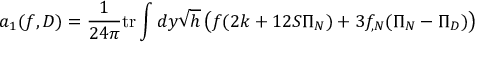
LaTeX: a _ { 1 } ( f , D ) = \frac 1 { 2 4 \pi } \mathrm { t r } \int d y \sqrt { h } \left( f ( 2 k + 1 2 { \cal S } \Pi _ { N } ) + 3 f _ { , N } ( \Pi _ { N } - \Pi _ { D } ) \right)